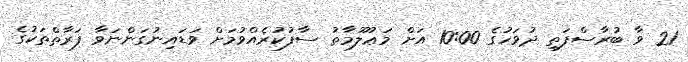
21 ވާ ބުރާސްފަތި ދުވަހުގެ 10:00 އަށް މަޢުލޫމާތު ސާފުކުރެއްވުމަށް ވަޑައިނުގަންނަވާ ފަރާތްތަކުގެ